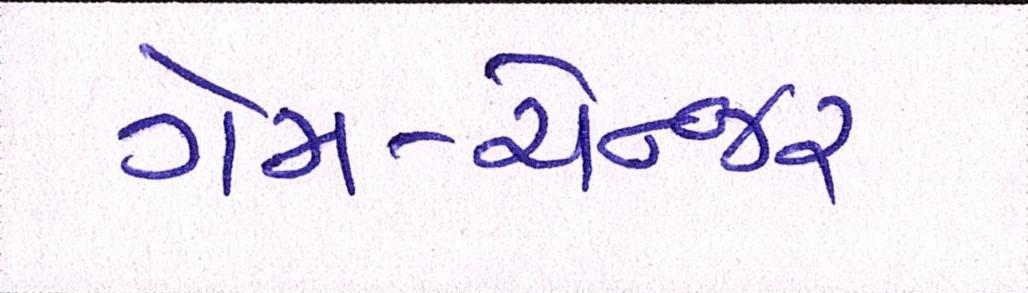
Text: ગેમ-ચેન્જર